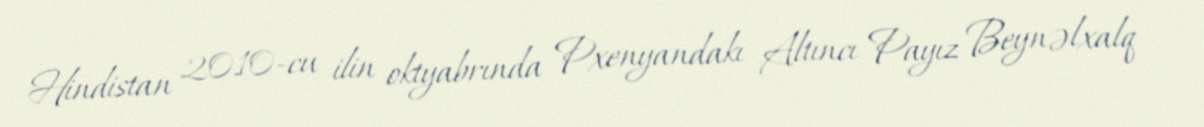
Hindistan 2010-cu ilin oktyabrında Pxenyandakı Altıncı Payız Beynəlxalq